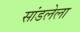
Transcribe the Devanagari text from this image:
सांडलेला